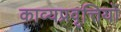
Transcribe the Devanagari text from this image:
काव्यप्रवृत्तियों